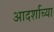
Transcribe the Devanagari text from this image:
आदर्शाच्‍या